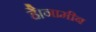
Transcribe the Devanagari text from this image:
है।नामीब